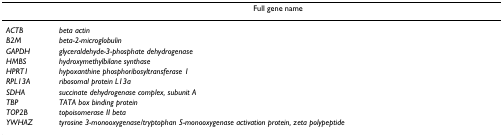
|  | Full gene name |
 | --- | --- |
 | ACTB | beta actin |
 | B2M | beta-2-microglobulin |
 | GAPDH | glyceraldehyde-3-phosphate dehydrogenase |
 | HMBS | hydroxymethylbilane synthase |
 | HPRT1 | hypoxanthine phosphoribosyltransferase 1 |
 | RPL13A | ribosomal protein L13a |
 | SDHA | succinate dehydrogenase complex, subunit A |
 | TBP | TATA box binding protein |
 | TOP2B | topoisomerase II beta |
 | YWHAZ | tyrosine 3-monooxygenase/tryptophan 5-monooxygenase activation protein, zeta polypeptide |